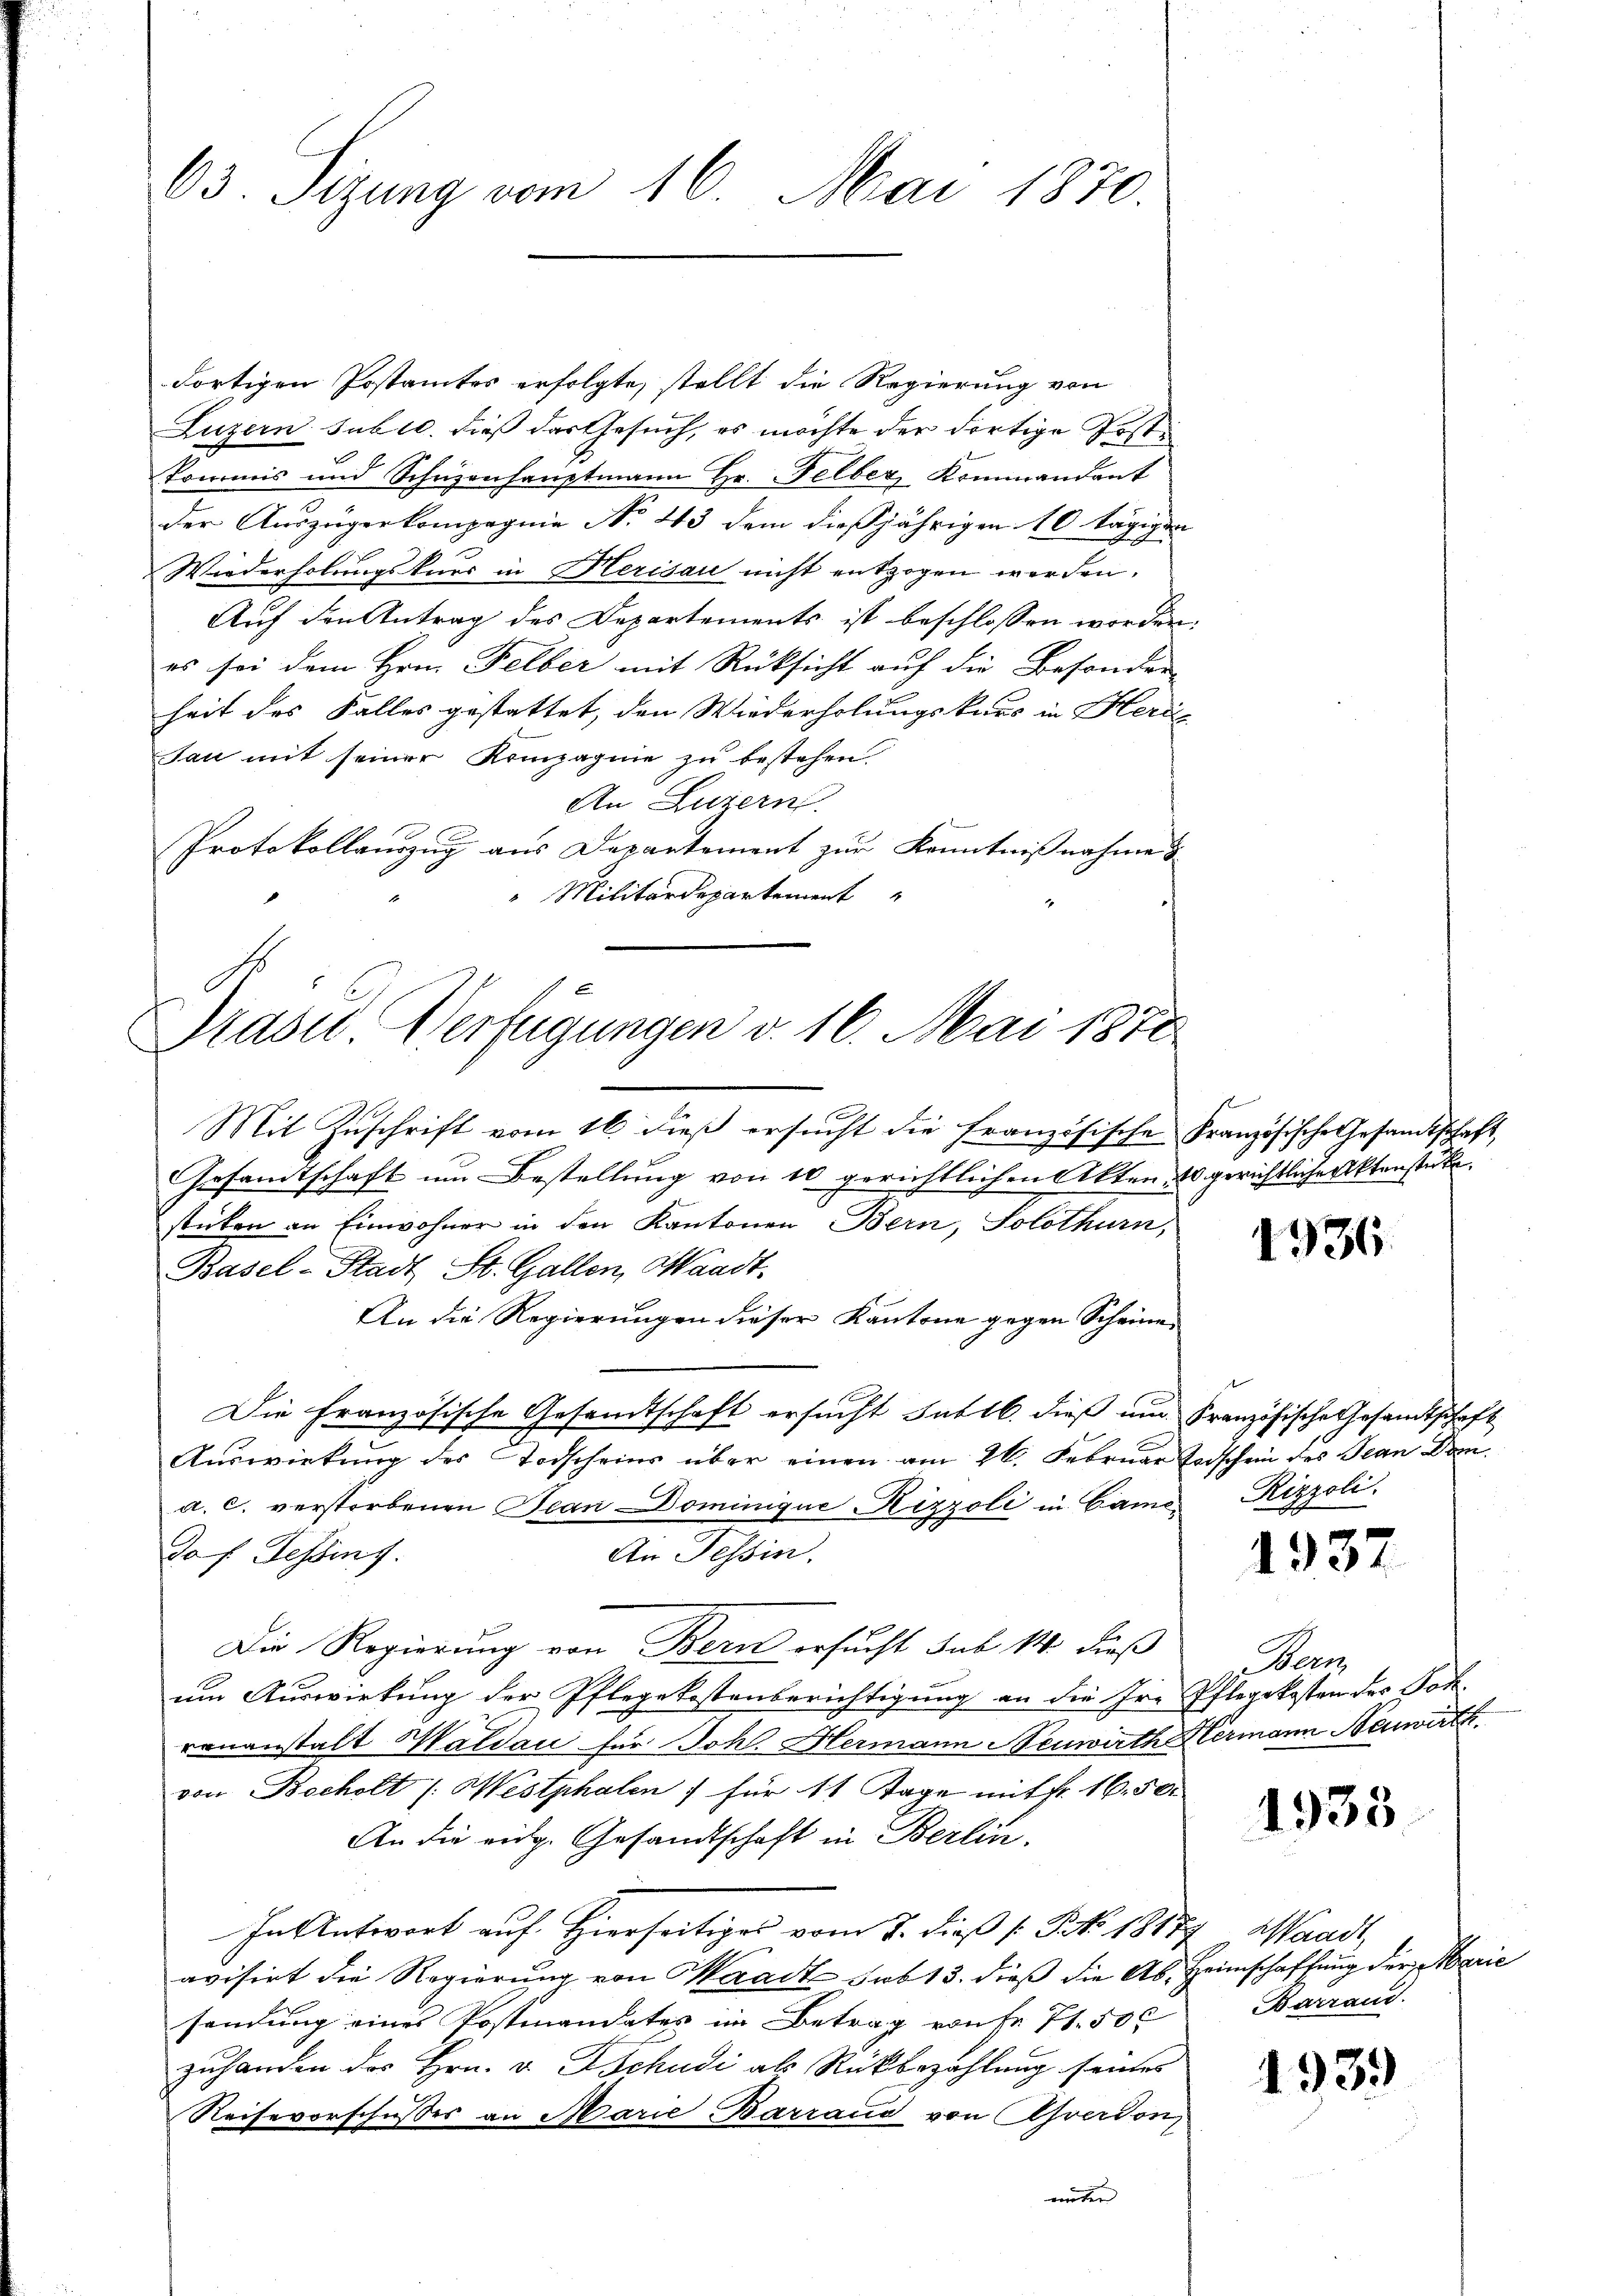
63. Sizung vom 16. Mai 1870.

Mase Verfügungen v. 16. Mai 1870

dortigen Postamtes erfolgte, stellt die Regierung von
Luzern sub 10. dieß das Gesuch, es möchte der dortige Postkommis und Schüzenhauptmann Hr. Felber, Kommandant
der Auszügerkompagnie No 213 dem dießjährigen 10 tägigen
Wiederholungskurs in Herisau nicht entzogen werden.
Auf den Antrag des Departements ist beschlossen worden.
es sei dem Hrn. Felber mit Rücksicht auf die Besonder
heit des Falles gestattet, den Wiederholungskars in Herde
San mit seiner Kompagnie zu bestehen.
An Luzern.
x
Protokollauszug aus Departement zur Kenntnißnahme d
"Militärdepartement

Mit Zuschrift vom 16. dieß ersucht die französische Französische Gesandtscha
Gesamtschaft um Bestellung von 10 gerichtlichen Akten, 20 gerichtliche Aktenstücke
stücken an Einwohner in den Kantonen Bern, Solothurn,
Basel-Stadt St. Gallen, Waadt.
An die Regierungen dieser Kantone gegen Scheine
Die Französische Gesandtschaft ersucht sublb. dieß um Französische Gesandtschaf
Auswirkung des Todscheins über einen am 26. Februar Todschein des Jean Dr.
a. C. verstorbenen Bean Dominique Nizzoli in Camo-
Jof. Tessin f
An Tessin.
Die Regierung von Bern ersucht sub 14. dieß
um Auswirkung der Pflegekostenberichtigung an die Ire Pflegekosten des Joh.
renanstalt Waldau für Joh. Hermann Neuwirth Hermann Neuwirt
von Bocholt /: Westphalen für 11 Tage mit fr. 16. 50.
An die eidg. Gesandtschaft in Berlin.
In Antwort auf Hierseitiges vom 2. dieß (: No. 18877, Waadt,
avisirt die Regierung von Waadt sub 13. dieß die Ab- Heimschaffung der Marie
sendung eines Postmandates im Betrag von Fr. 71. 500
zuhanden des Hrn. v. Schudi als Rückbezahlung seines
Reisevorschusses an Marie Barraus von Ahverdon
unter

1936.

Rizzoli.

1937

en

1935.

1939)

1

E

Barrand.